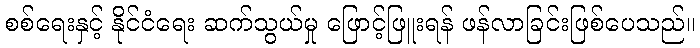
စစ်ရေးနှင့် နိုင်ငံရေး ဆက်သွယ်မှု ဖြောင့်ဖြူးရန် ဖန်လာခြင်းဖြစ်ပေသည်။